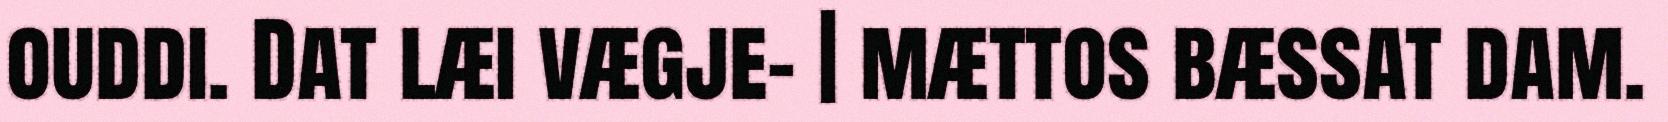
ouddi. Dat læi vægje- | mættos bæssat dam.